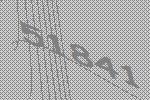
51841